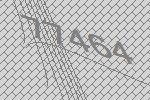
77464